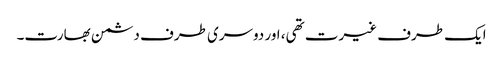
ایک طرف غیرت تھی، اور دوسری طرف دشمن بھارت۔